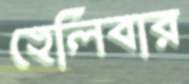
হেলিবার